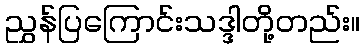
ညွှန်ပြကြောင်းသဒ္ဒါတို့တည်း။